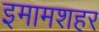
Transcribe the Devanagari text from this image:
इमामशहर